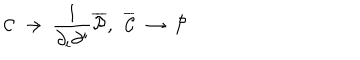
LaTeX: { \cal C } ~ \to ~ \frac { 1 } { \partial _ { i } \partial ^ { i } } { \overline { { { \cal P } } } } , ~ ~ { \overline { { { \cal C } } } } ~ \to ~ { \cal P }